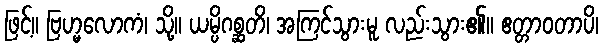
ဖြင့်။ ဗြဟ္မလောကံ၊ သို့။ ယမ္ပိဂစ္ဆတိ၊ အကြင်သွားမူ လည်းသွား၏။ ဧတ္တာဝတာပိ၊